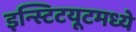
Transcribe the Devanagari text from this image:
इन्स्टिटयूटमध्ये